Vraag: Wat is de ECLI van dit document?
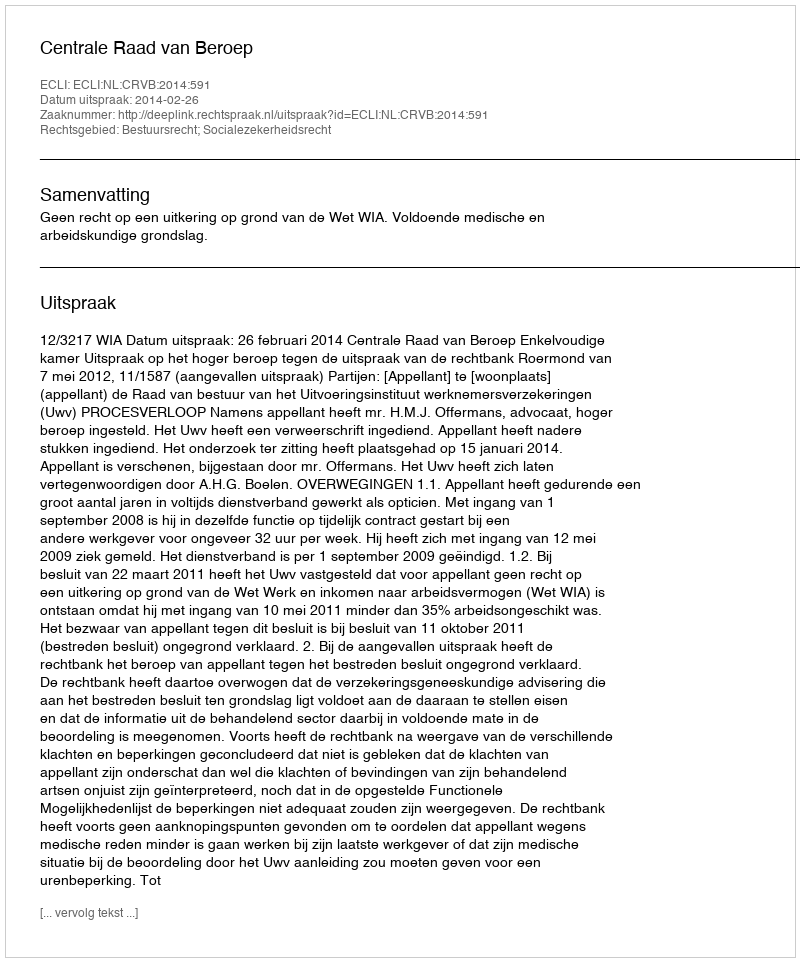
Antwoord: ECLI:NL:CRVB:2014:591